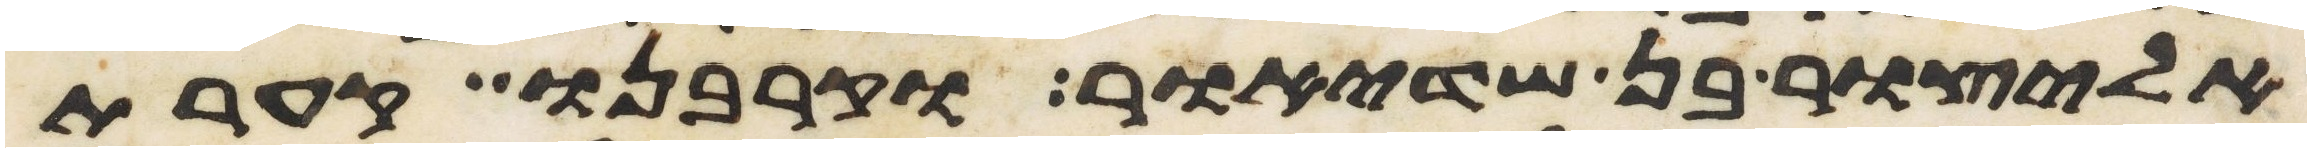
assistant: אליצור בן שדיאור וקרבנו קערת